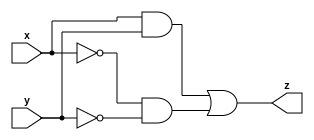
module comparator (   // comparator function
  input x,
  input y,
  output z
);

// variable
wire x_, y_, p, q;

// logic
not(x_, x);
not(y_, y);
and(p, x, y);
and(q, x_, y_);
or(z, p, q);

endmodule